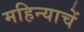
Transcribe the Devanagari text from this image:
महिन्याचें